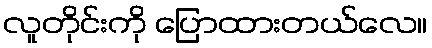
လူတိုင်းကို ပြောထားတယ်လေ။